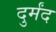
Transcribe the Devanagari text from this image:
दुर्मंद